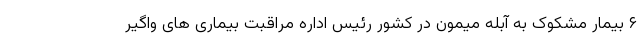
۶ بیمار مشکوک به آبله میمون در کشور رئیس اداره مراقبت بیماری های واگیر